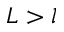
L > l